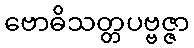
ဗောဓိသတ္တပဗ္ဗဇ္ဇာ